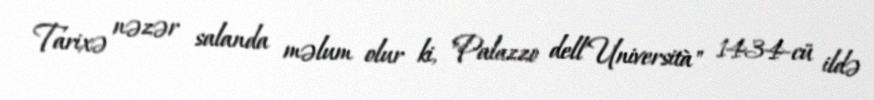
Tarixə nəzər salanda məlum olur ki, "Palazzo dell'Università" 1434-cü ildə